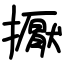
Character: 擫